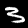
Label: 3